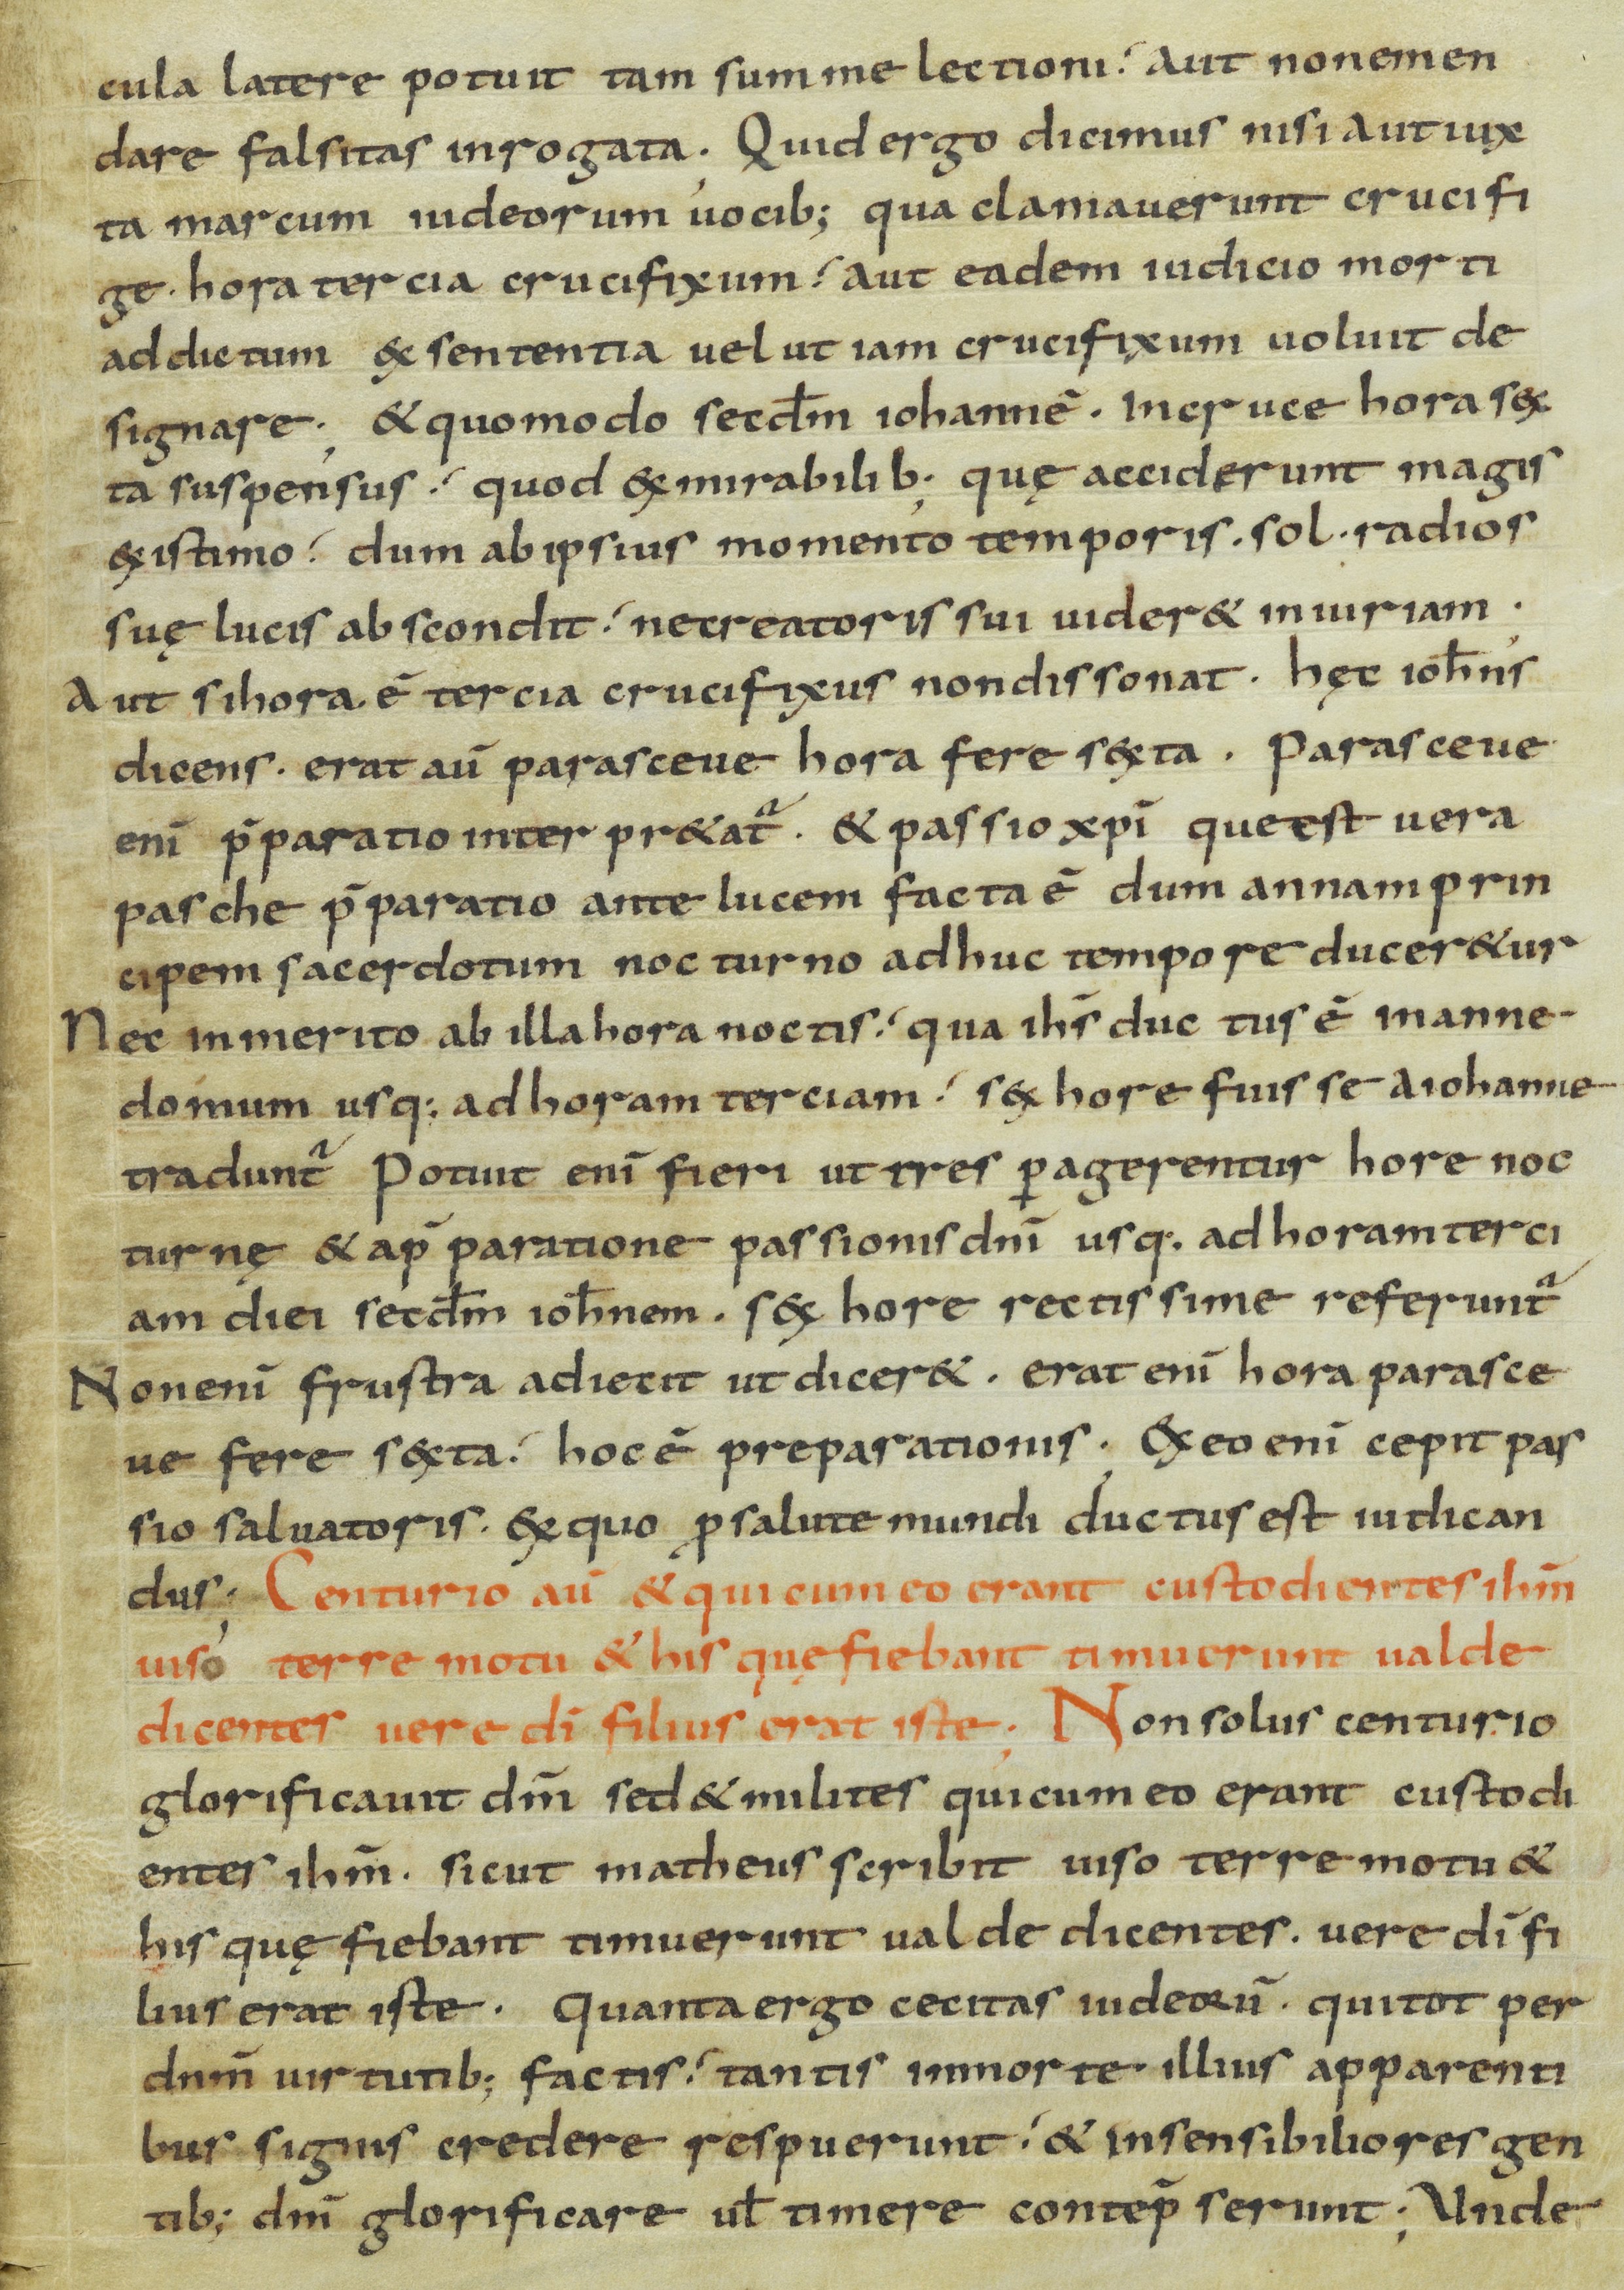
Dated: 800–899